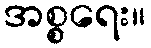
အစ္စရေး။